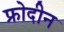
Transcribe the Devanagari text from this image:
फ्रोदीन